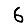
Digit: 6